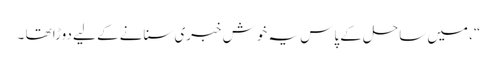
“، میں ساحل کے پاس یہ خوش خبری سنانے کے لیے دوڑا تھا ۔